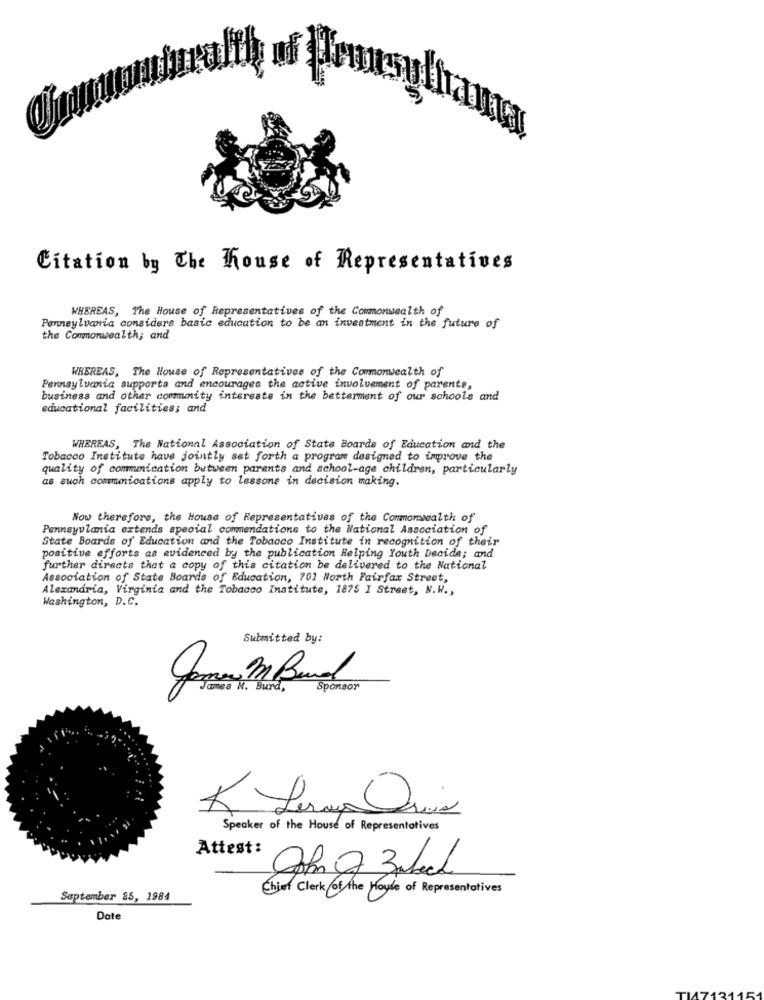
Citation by The house of Representatives
WHEREAS, The House of Representatives of the Commonwealth of
Pennsylvania considers basic education to be an investment in the future of
the Commonwealth; and
WHEREAS, The House of Representatives of the Commonwealth of
Pennsylvania supports and encourages the active involvement of parente,
business and other community interests in the betterment of our schools and
educational facilities; and
WHEREAS, The National Association of State Boards of Education and the
Tobacco Institute have jointly set forth a program designed to improve the
quality of communication between parents and school-age children, particularly
as suoh communications apply to lessone in decision making.
Now therefore, the House of Representatives of the Commonwealth of
Pennayulamia extends special commendations to the National Association of
State Boards of Education and the Tobacco Institute in recognition of their
positive efforts as evidenced by the publication Helping Youth Decide; and
further directs that a copy of this citation be delivered to the National
Association of State Boards of Education, 701 Worth Fairfax Street,
Alexandria, Virginia and the Tobacco Institute, 1875 I Street, N.W .,
Washington, D.C.
Submitted by:
Jan m Band
Tome . Burd,
Sponsor
Speaker of the House of Representatives
Attest:
Chief Clerk of the House of Representatives
September 25, 1984
Date